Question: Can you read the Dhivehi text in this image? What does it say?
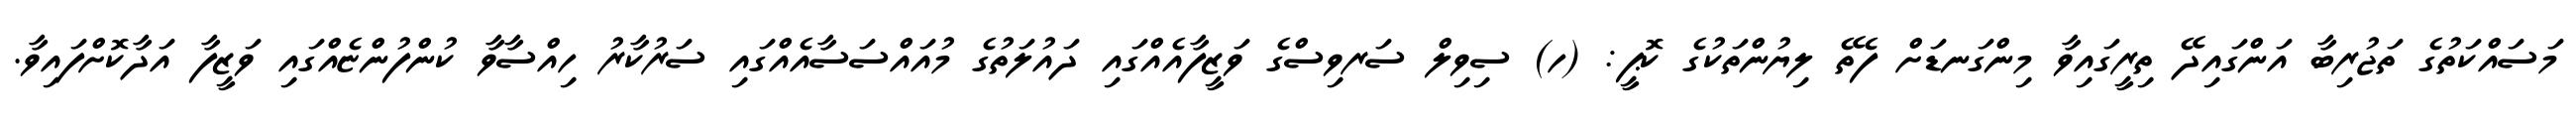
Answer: މަސައްކަތުގެ ތަޖުރިބާ އަންގައިދޭ ތިރީގައިވާ މިންގަނޑަށް ފެތޭ ލިޔުންތަކުގެ ކޮޕީ: (ހ) ސިވިލް ސަރވިސްގެ ވަޒީފާއެއްގައި ދައުލަތުގެ މުއައްސަސާއެއްގައި ސަރުކާރު ހިއްސާވާ ކުންފުންޏެއްގައި ވަޒީފާ އަދާކޮށްފައިވާ.